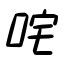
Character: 咤